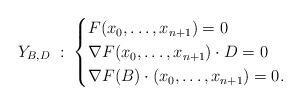
LaTeX: \begin{align*}Y_{B,D} \; : \; \begin{cases}F(x_0,\dotsc,x_{n+1})=0\\\nabla{F}(x_0,\dotsc,x_{n+1}) \cdot D=0\\\nabla{F}(B) \cdot (x_0,\dotsc,x_{n+1})=0.\end{cases}\end{align*}